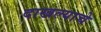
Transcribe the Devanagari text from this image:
दाखल्याचे